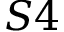
S 4